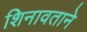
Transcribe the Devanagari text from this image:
शिनावताने